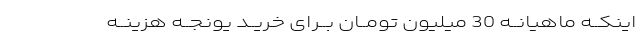
اینکــه ماهیانــه 30 میلیون تومــان بــراى خریــد یونجــه هزینــه